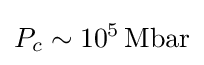
P_{c}\sim 10^{5}\,\mathrm {Mbar}